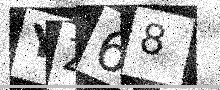
Text: YZ68